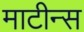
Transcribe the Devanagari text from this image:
माटीन्स